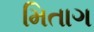
મિતાગ